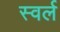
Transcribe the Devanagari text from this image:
स्वर्ल